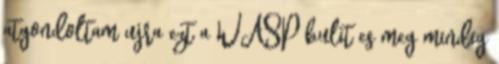
atgondoltam ujra ezt a WASP bulit es meg mindig